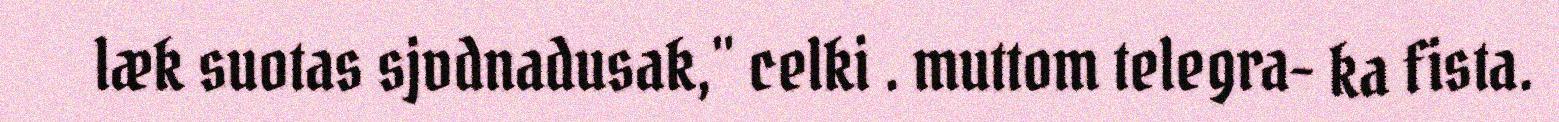
læk suotas sjvdnadusak," celki . muttom telegra- ka fista.